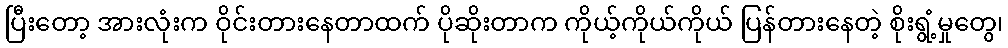
ပြီးတော့ အားလုံးက ဝိုင်းတားနေတာထက် ပိုဆိုးတာက ကိုယ့်ကိုယ်ကိုယ် ပြန်တားနေတဲ့ စိုးရွံ့မှုတွေ၊